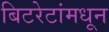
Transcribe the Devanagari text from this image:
बिटरेटांमधून